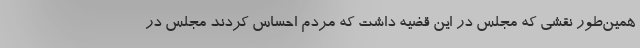
همین‌طور نقشی که مجلس در این قضیه داشت که مردم احساس کردند مجلس در